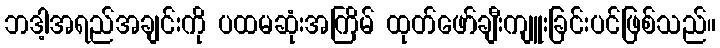
ဘဒါ့အရည်အချင်းကို ပထမဆုံးအကြိမ် ထုတ်ဖော်ချီးကျူးခြင်းပင်ဖြစ်သည်။